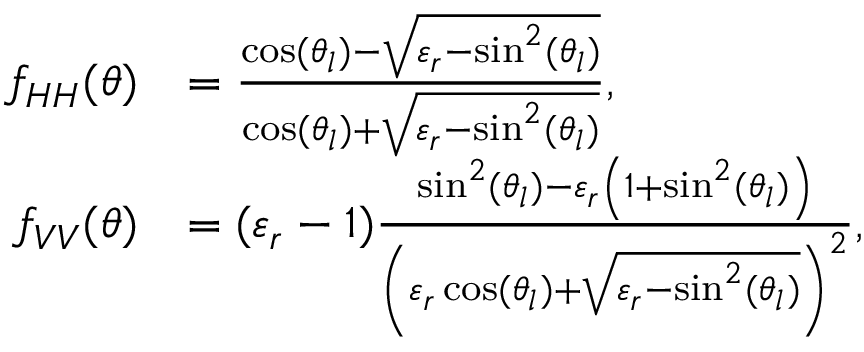
\begin{array} { r l } { f _ { H H } ( \theta ) } & { = \frac { \cos ( \theta _ { l } ) - \sqrt { \varepsilon _ { r } - \sin ^ { 2 } ( \theta _ { l } ) } } { \cos ( \theta _ { l } ) + \sqrt { \varepsilon _ { r } - \sin ^ { 2 } ( \theta _ { l } ) } } , } \\ { f _ { V V } ( \theta ) } & { = ( \varepsilon _ { r } - 1 ) \frac { \sin ^ { 2 } ( \theta _ { l } ) - \varepsilon _ { r } \left( 1 + \sin ^ { 2 } ( \theta _ { l } ) \right) } { \left( \varepsilon _ { r } \cos ( \theta _ { l } ) + \sqrt { \varepsilon _ { r } - \sin ^ { 2 } ( \theta _ { l } ) } \right) ^ { 2 } } , } \end{array}